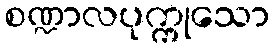
စဏ္ဍာလပုက္ကုသော